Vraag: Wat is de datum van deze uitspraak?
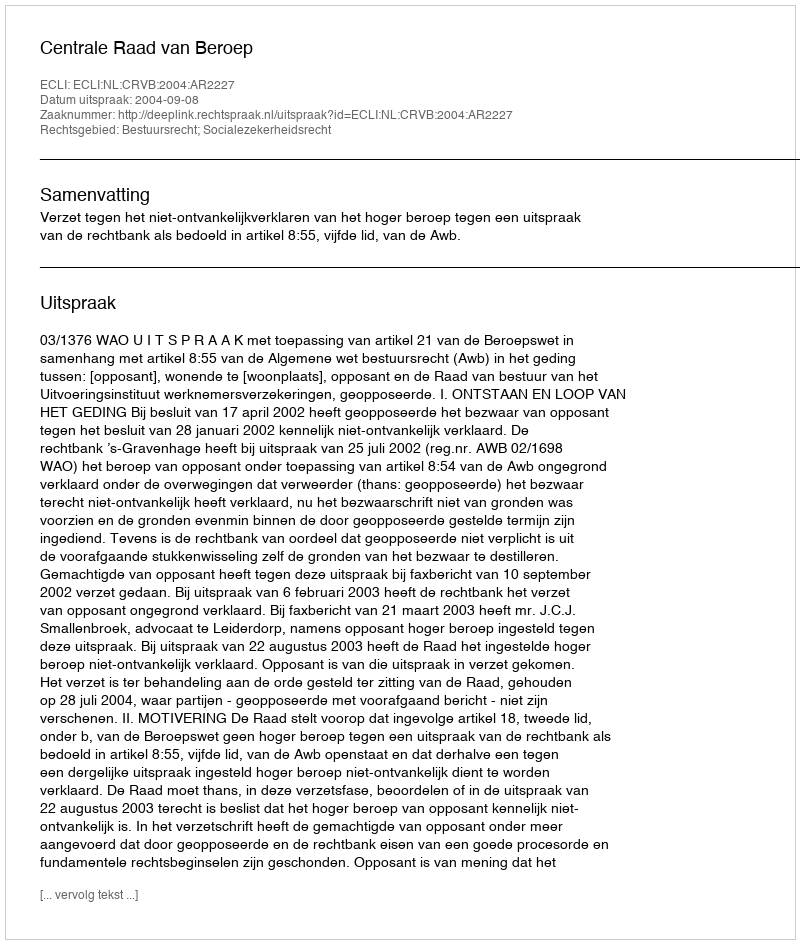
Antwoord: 2004-09-08